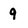
Character: 9